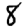
Digit: 8